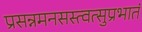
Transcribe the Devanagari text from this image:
प्रसन्नमनसस्त्वत्सुप्रभातं